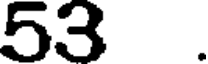
53 .